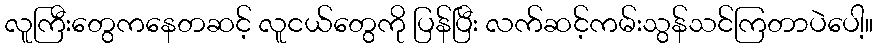
လူကြီးတွေကနေတဆင့် လူငယ်တွေကို ပြန်ပြီး လက်ဆင့်ကမ်းသွန်သင်ကြတာပဲပေါ့။